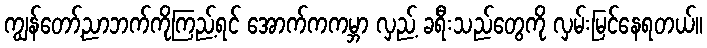
ကျွန်တော့်ညာဘက်ကိုကြည့်ရင် အောက်ကကမ္ဘာ လှည့် ခရီးသည်တွေကို လှမ်းမြင်နေရတယ်။